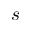
s